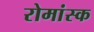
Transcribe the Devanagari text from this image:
रोमांस्क